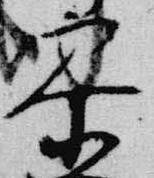
参